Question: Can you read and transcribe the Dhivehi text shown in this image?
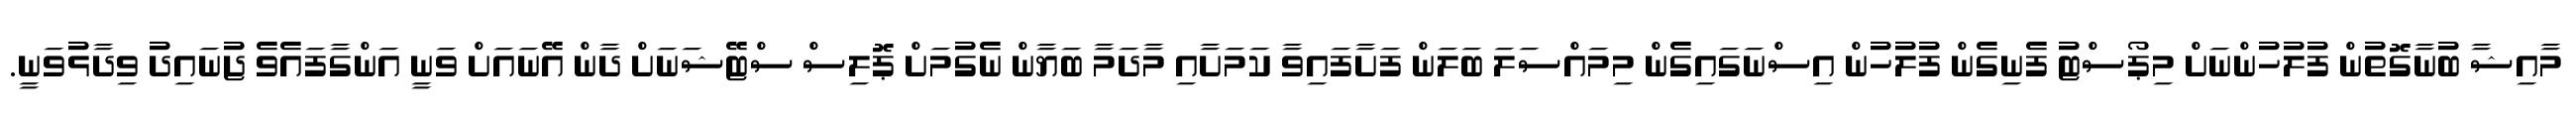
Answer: މާއިޝާ ބުނާގޮތުން ފުލުހުންނަށް މިޕޯސްޓު ފެނިގެން ފުލުހުން އިސްނަގައިގެން މިމައްސަލަ ބަލަން ފަށާފައިވާ ކަމަށާއި މާދަމާ ބަޔާން ނެގުމަށް ޕޮލިސް ސްޓޭޝަނަށް ދާން އޭނައަށް ވަނީ އަންގާފައެވެ ޖުނައިދު ވިދާޅުވަނީ.